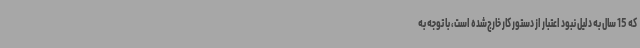
که 15 سال به دلیل نبود اعتبار از دستور کار خارج‌شده است، با توجه به